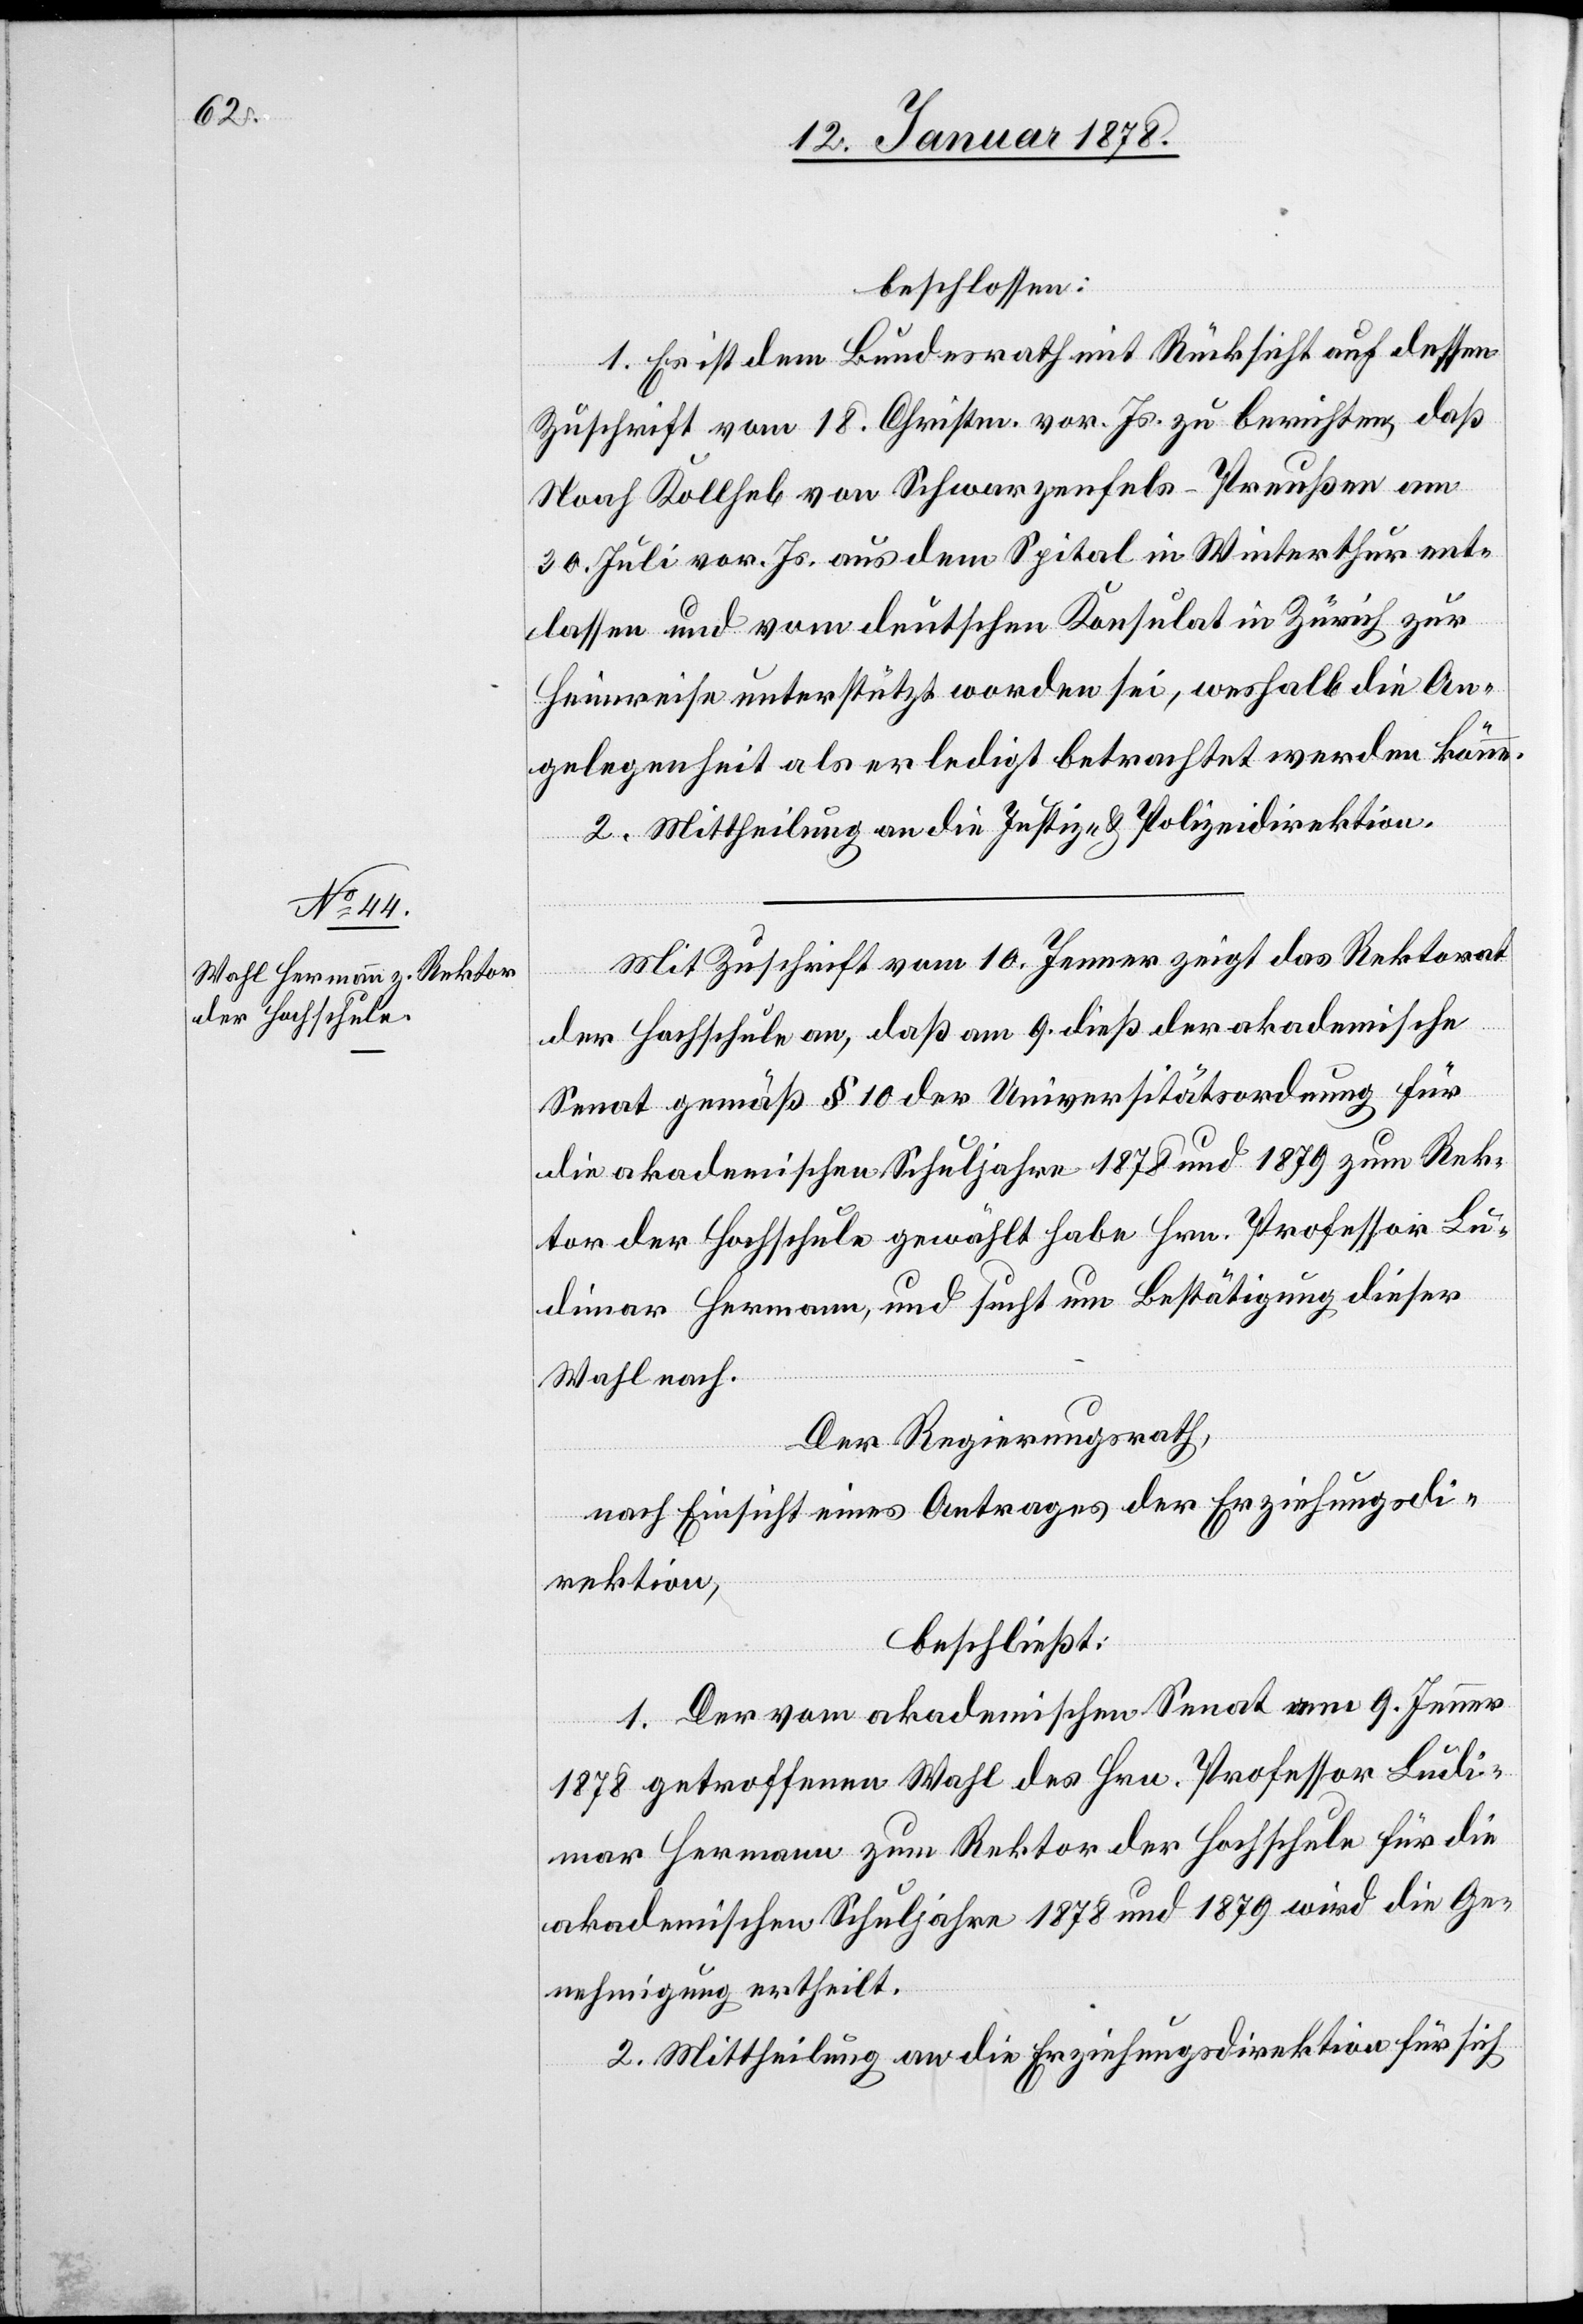
beschlossen:
1. Es ist dem Bundesrath mit Rücksicht auf dessen
Zuschrift vom 18. Christm. vor. Js. zu berichten, daß
Noah Kollheb von Schwarzenfels-Preußen am
30. Juli vor. Js. aus dem Spital in Winterthur ent¬
lassen und vom deutschen Konsulat in Zürich zur
Heimreise unterstützt worden sei, weshalb die An¬
gelegenheit als erledigt betrachtet werden könne.
2. Mittheilung an die Justiz- & Polizeidirektion.
Mit Zuschrift vom 10. Jenner zeigt das Rektorat
der Hochschule an, daß am 9. dieß der akademische
Senat gemäß § 10 der Universitätsordnung für
die akademischen Schuljahre 1878 und 1879 zum Rek¬
tor der Hochschule gewählt habe Hrn. Professor Lü¬
dinar Hermann, und sucht um Bestätigung dieser
Wahl nach.
Der Regierungsrath,
nach Einsicht eines Antrages der Erziehungsdi¬
rektion,
beschließt:
1. Der vom akademischen Senat am 9. Jenner
1878 getroffenen Wahl des Hrn. Professor Lüdi¬
nar Hermann zum Rektor der Hochschule für die
akademischen Schuljahre 1878 und 1879 wird die Ge¬
nehmigung ertheilt.
2. Mittheilung an die Erziehungsdirektion für sich